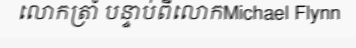
លោកត្រាំ បន្ទាប់ពីលោកMichael Flynn